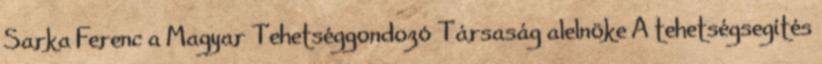
Sarka Ferenc a Magyar Tehetséggondozó Társaság alelnöke A tehetségsegítés